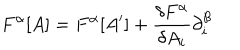
LaTeX: F ^ { \alpha } [ A ] = F ^ { \alpha } [ A ^ { \prime } ] + \frac { \delta F ^ { \alpha } } { \delta A _ { i } } \partial _ { i } ^ { \beta }